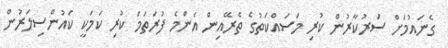
ގެނައުމަށް ސަރުކާރުން ކުރި މަސައްކަތުގެ ތެރޭއިން އެންމެ ފުރަތަމަ ކުރި ކަމަކީ ކައުންސިލަރުން